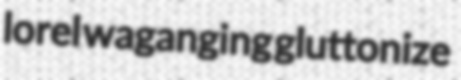
lorel waganging gluttonize